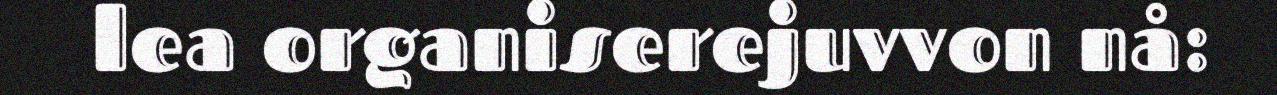
lea organiserejuvvon nå: